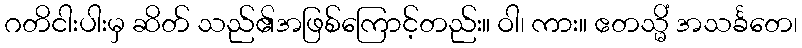
ဂတိငါးပါးမှ ဆိတ် သည်၏အဖြစ်ကြောင့်တည်း။ ဝါ၊ ကား။ ဧတသ္မိံ အသင်္ခတေ၊